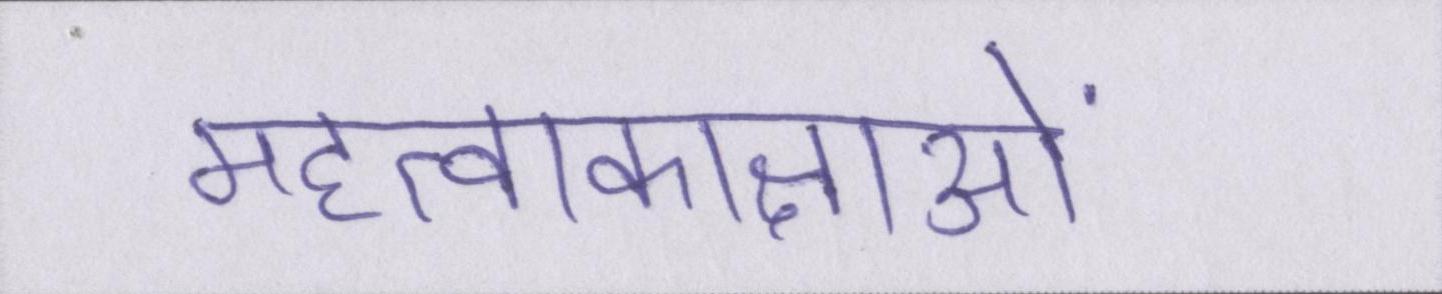
महत्वाकाक्षाओं